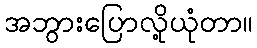
အဘွားပြောလို့ယုံတာ။